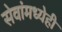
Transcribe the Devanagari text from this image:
सेवांमध्येही